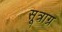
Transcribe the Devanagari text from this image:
सूत्राग्र